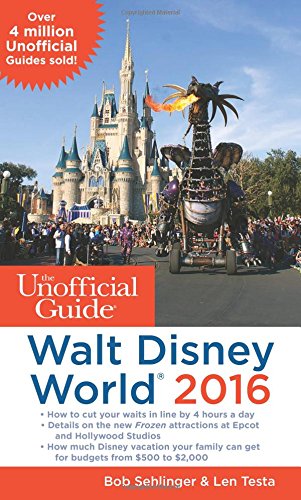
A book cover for The Unofficial Guide to Walt Disney World 2016; Bob Sehlinger; Parenting & Relationships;